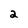
Character: 2